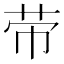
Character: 𦭬